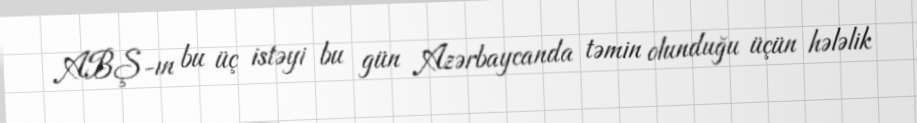
ABŞ-ın bu üç istəyi bu gün Azərbaycanda təmin olunduğu üçün hələlik